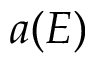
a ( E )